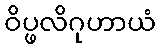
ဝိပ္ဖလိဂုဟာယံ